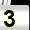
Digit: 3